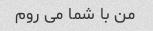
من با شما می روم